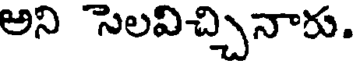
అని సెలవిచ్చినారు.